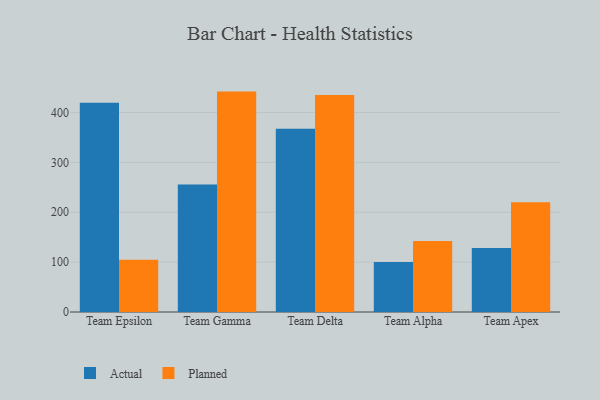
{"axis": {"x": "Team", "y": "Population (Million)"}, "legend": ["Actual", "Planned"], "data": [{"x": "Team Epsilon", "y": 419.5, "type": "Actual"}, {"x": "Team Epsilon", "y": 104.6, "type": "Planned"}, {"x": "Team Gamma", "y": 255.9, "type": "Actual"}, {"x": "Team Gamma", "y": 442.0, "type": "Planned"}, {"x": "Team Delta", "y": 367.6, "type": "Actual"}, {"x": "Team Delta", "y": 435.4, "type": "Planned"}, {"x": "Team Alpha", "y": 100.5, "type": "Actual"}, {"x": "Team Alpha", "y": 142.3, "type": "Planned"}, {"x": "Team Apex", "y": 128.4, "type": "Actual"}, {"x": "Team Apex", "y": 220.0, "type": "Planned"}]}